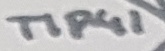
Text: TIP41